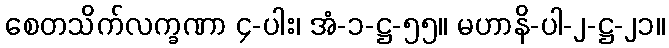
စေတသိက်လက္ခဏာ ၄-ပါး၊ အံ-၁-ဋ္ဌ-၅၅။ မဟာနိ-ပါ-၂-ဋ္ဌ-၂၁။